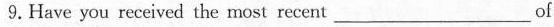
9.Have you received the most recent ___ of